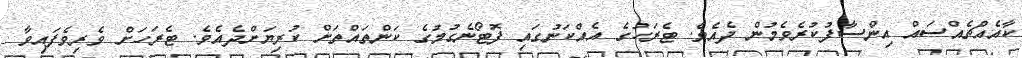
ކާއެއްޗެއްސައް އިންސާފުކުރެވެމުން ދެއެވެ. ޓެރަހުގެ އެއްކަނުގައި ފޮޓޯނެގުމުގެ ކަންތައްތަށް ކުރިޔަށްދެއެވެ. ޓެރަހަށް ވެރިވެފައިވާ